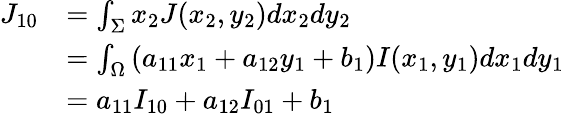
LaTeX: \begin{array}{rl}{{J_{10}}}&{=\int_{\Sigma}{{x_{2}}J({x_{2}},{y_{2}})d{x_{2}}d{y_{2}}}}\\ &{=\int_{\Omega}{\left({{a_{11}}{x_{1}}+{a_{12}}{y_{1}}+{b_{1}}}\right)I({x_{1}},{y_{1}})d{x_{1}}d{y_{1}}}}\\ &{={a_{11}}{I_{10}}+{a_{12}}{I_{01}}+{b_{1}}}\end{array}